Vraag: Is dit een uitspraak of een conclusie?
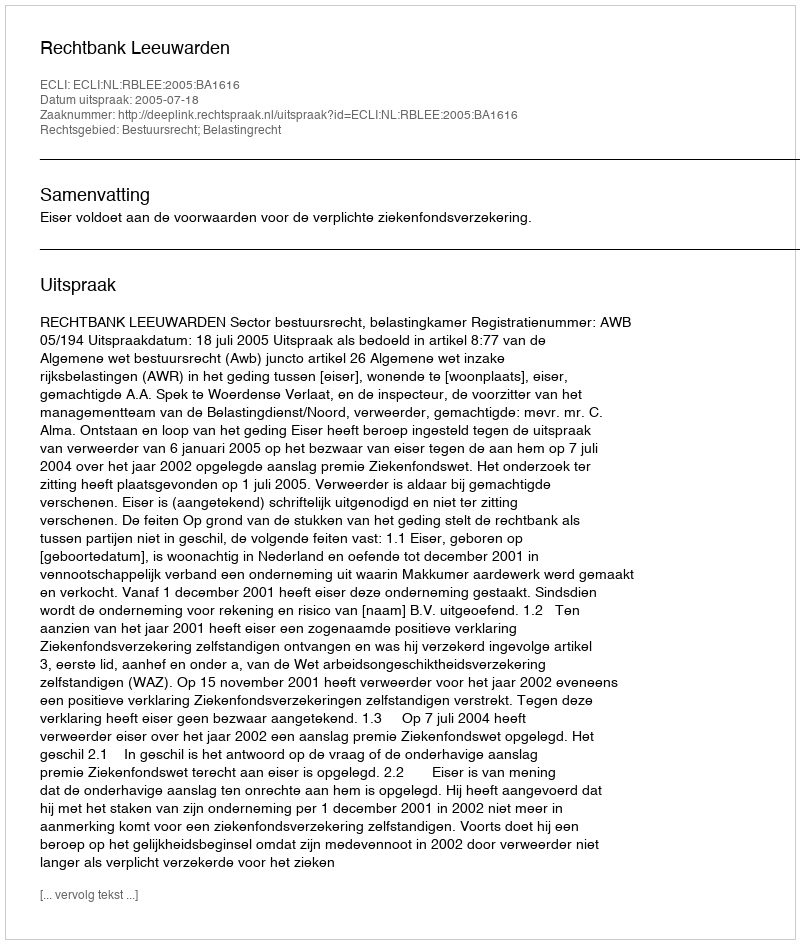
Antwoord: Uitspraak